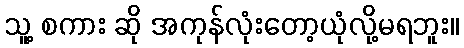
သူ့ စကား ဆို အကုန်လုံးတော့ယုံလို့မရဘူး။